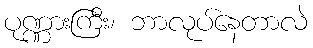
ပုဏ္ဏားကြီး၊ ဘာလုပ်နေတာလဲ